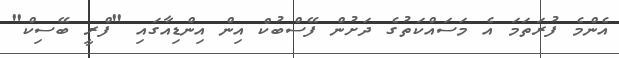
އެންމެ ފުރަތަމަ އެ މަސައްކަތުގެ ދަށުން ފޭސްބުކް އިން އިންޑިއާގައި "ފްރީ ބޭސިކް"